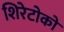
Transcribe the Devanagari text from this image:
शिरेटोको